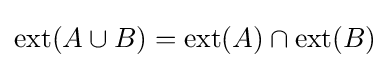
\operatorname {ext} (A\cup B)=\operatorname {ext} (A)\cap \operatorname {ext} (B)